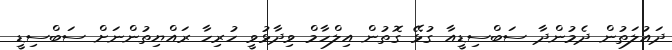
ދައުލަތުން ދެމުންދާ ސަބްސިޑީއާ ގުޅޭ ގޮތުން އިލްހާމް ވިދާޅުވީ ހުރިހާ ރައްޔިތުންނަށް ސަބްސިޑީ